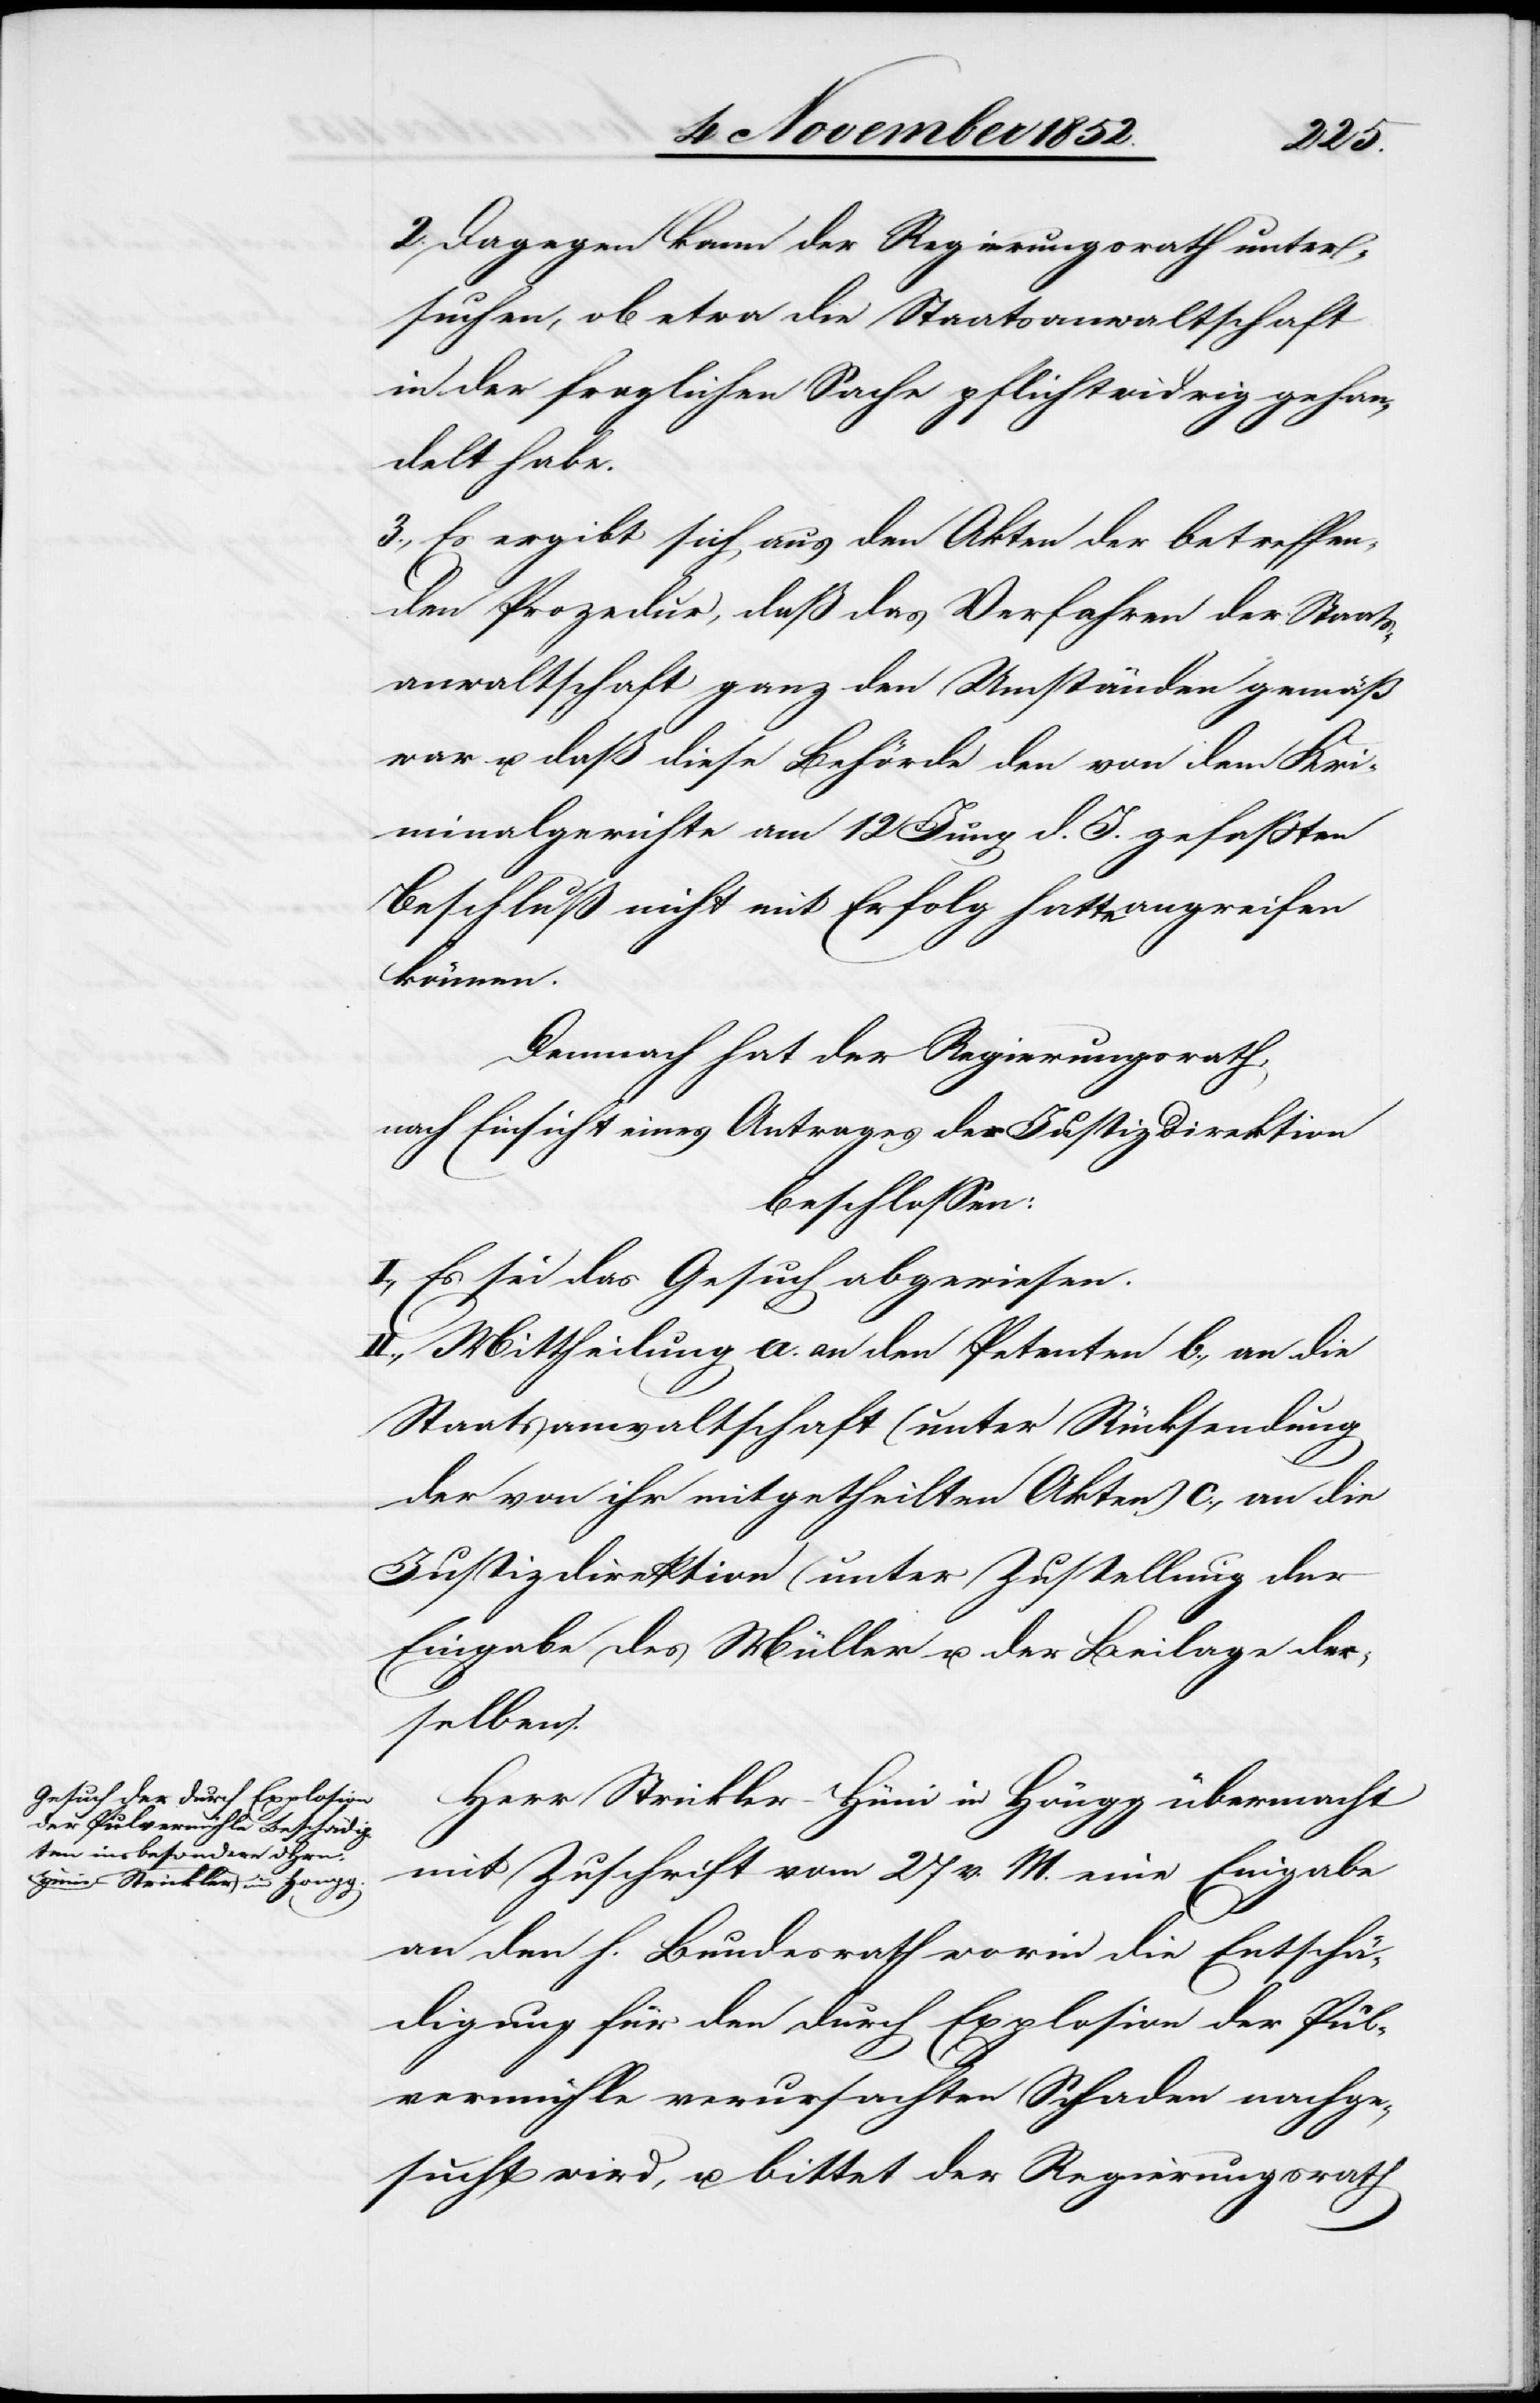
2. Dagegen kann der Regierungsrath unter¬
suchen, ob etwa die Staatsanwaltschaft
in der fraglichen Sache pflichtwidrig gehan¬
delt habe.
3., Es ergibt sich aus den Akten der betreffen¬
den Prozedur, daß das Verfahren der Staats¬
anwaltschaft ganz den Umständen gemäß
war u. daß diese Behörde den von dem Kri¬
minalgerichte am 12 Juny d. J. gefaßten
Beschluß nicht mit Erfolg hatte angreifen
können.
Demnach hat der Regierungsrath,
nach Einsicht eines Antrages der Justizdirektion
beschlossen:
I., Es sei das Gesuch abgewiesen.
II., Mittheilung a. an den Petenten b., an die
Staatsanwaltschaft (unter Rücksendung
der von ihr mitgetheilten Akten) c., an die
Justizdirektion (unter Zustellung der
Eingabe des Müller u. der Beilage der¬
selben).
Herr Strickler-Hüni in Höngg übermacht
mit Zuschrift vom 27 v. M. eine Eingabe
an den h. Bundesrath worin die Entschä¬
digung für den durch Explosion der Pul¬
vermühle verursachten Schaden nachge¬
sucht wird, u. bittet der Regierungsrath